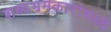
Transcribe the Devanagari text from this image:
शब्दभ्रमकारांमध्ये